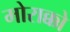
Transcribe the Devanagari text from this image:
मोराक्को